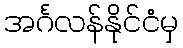
အင်္ဂလန်နိုင်ငံမှ